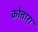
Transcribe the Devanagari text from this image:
कोत्तारा